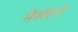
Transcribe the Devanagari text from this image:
नेसेटने